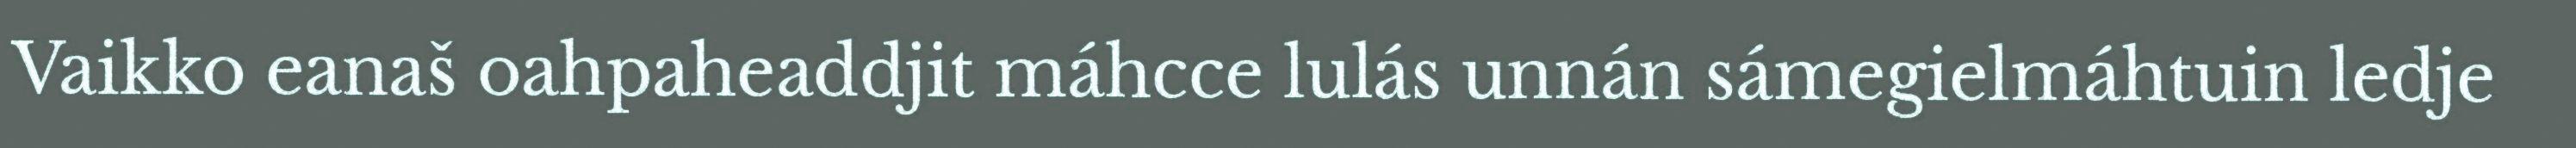
Vaikko eanaš oahpaheaddjit máhcce lulás unnán sámegielmáhtuin ledje